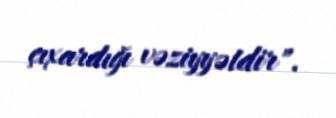
çıxardığı vəziyyətdir".